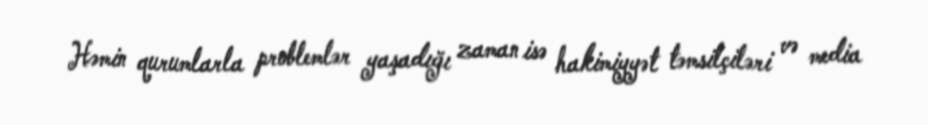
Həmin qurumlarla problemlər yaşadığı zaman isə hakimiyyət təmsilçiləri və media